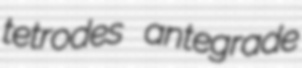
tetrodes antegrade